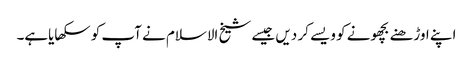
اپنے اوڑھنے بچھونے کو ویسے کر دیں جیسے شیخ الاسلام نے آپ کو سکھایاہے۔